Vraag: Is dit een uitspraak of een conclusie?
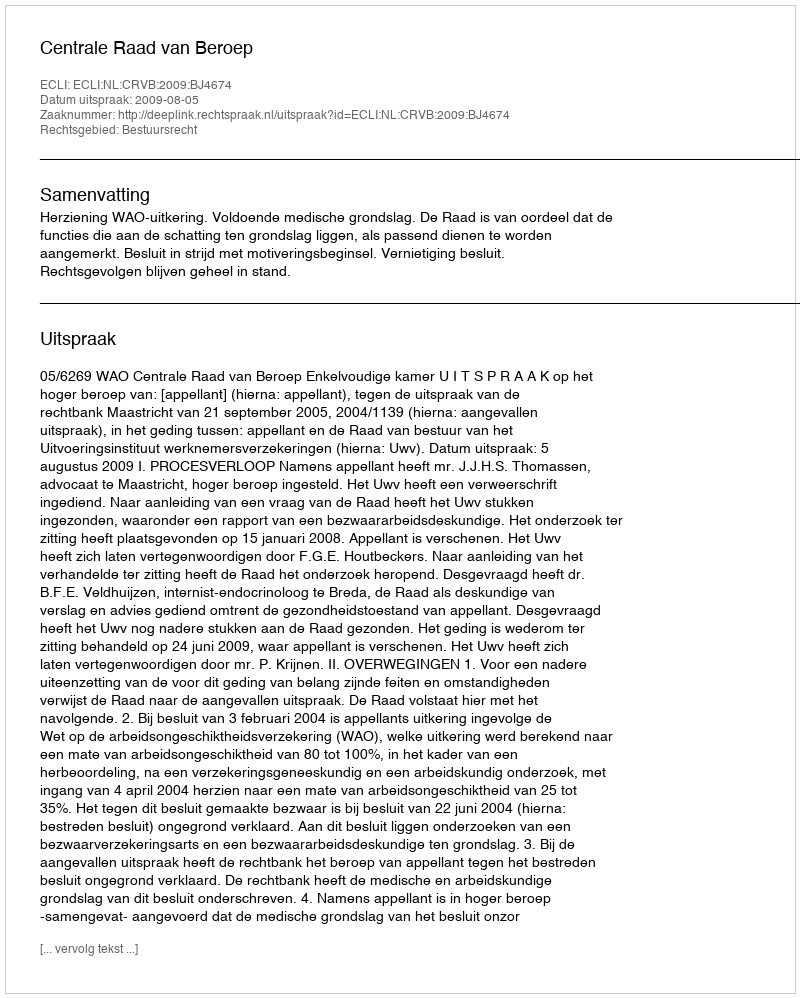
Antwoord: Uitspraak